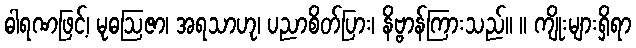
ဓါရဏဖြင့်၊ မုဓဩဇာ၊ အရသာဟု၊ ပညာစိတ်ပြား၊ နိဗ္ဗာန်ကြားသည်။ ။ ကျိုးများရှိရာ